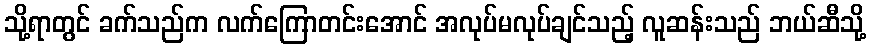
သို့ရာတွင် ခက်သည်က လက်ကြောတင်းအောင် အလုပ်မလုပ်ချင်သည့် လူဆန်းသည် ဘယ်ဆီသို့